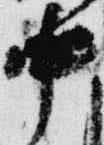
中